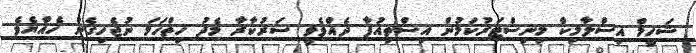
ޝަހީމް އިސްލާމިކް މިނިސްޓަރުކަމުން އިސްތިއުފާ ދެއްވެވީ ސަރުކާރާ މެދު ހިތްހަމަ ނުޖެހިގެން ހެއްޔެވެ